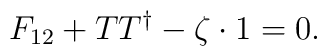
F_{12}+TT^\dagger-\zeta\cdot 1=0.